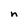
Character: n